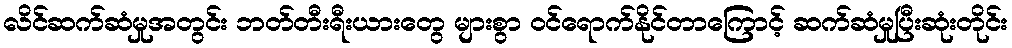
လိင်ဆက်ဆံမှုအတွင်း ဘတ်တီးရီးယားတွေ များစွာ ဝင်ရောက်နိုင်တာကြောင့် ဆက်ဆံမှုပြီးဆုံးတိုင်း